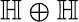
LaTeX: \mathbb{H}\oplus\mathbb{H}